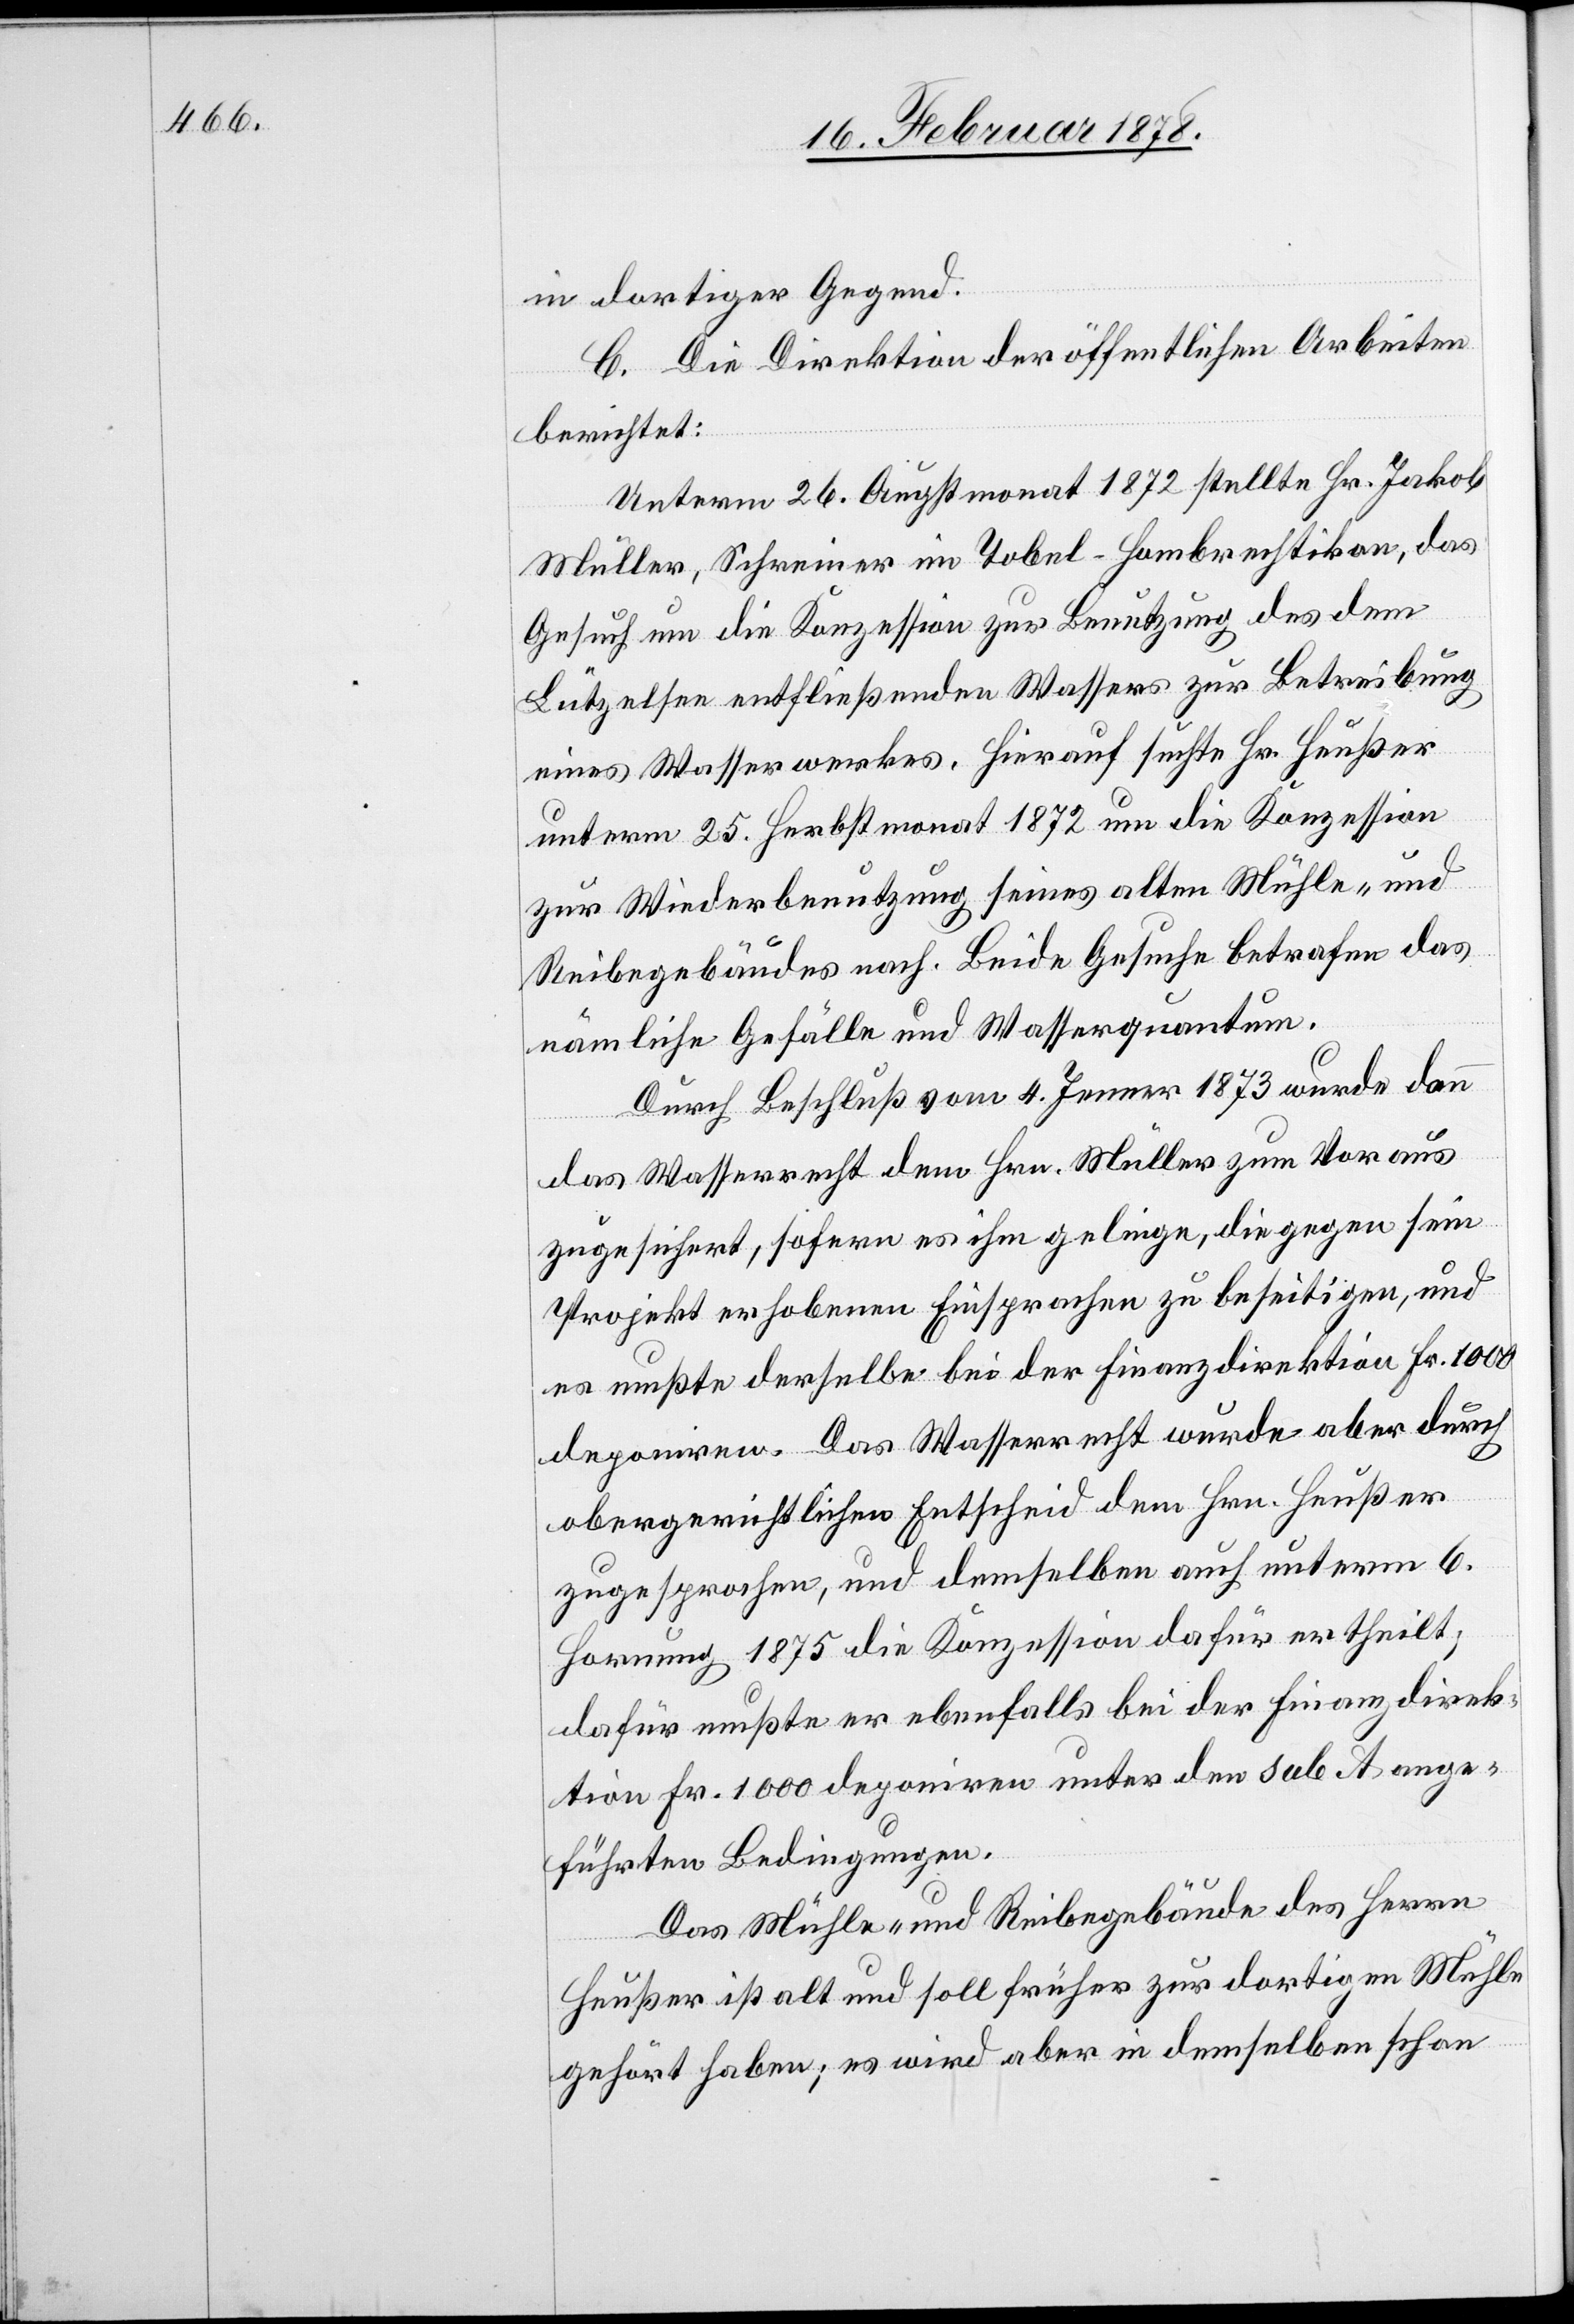
in dortiger Gegend.
C. Die Direktion der öffentlichen Arbeiten
berichtet:
Unterm 26. Augstmonat 1872 stellte Hr. Jakob
Müller, Schreiner im Tobel - Hombrechtikon, das
Gesuch um die Konzession zur Benutzung des dem
Lützelsen entfließenden Wassers zur Betreibung
eines Wasserwerkes. Hierauf suchte Hr. Heußer
unterm 25. Herbstmonat 1872 um die Konzession
zur Wiederbenutzung seines alten Mühle- und
Reibegebäudes nach. Beide Gesuche betrafen das
nämliche Gefälle und Wasserquantum.
Durch Beschluß vom 4. Jenner 1873 wurde dann
das Wasserrecht dem Hrn. Müller zum Voraus
zugesichert, sofern es ihm gelinge, die gegen sein
Projekt erhobenen Einsprachen zu beseitigen, und
es mußte derselbe bei der Finanzdirektion Fr. 1000
deponiren. Das Wasserrecht wurde aber durch
obergerichtlichen Entscheid dem Hrn. Heußer
zugesprochen, und demselben auch unterm 6.
Hornung 1875 die Konzession dafür ertheilt;
dafür mußte er ebenfalls bei der Finanzdirek¬
tion Fr. 1000 deponiren unter den sub. A ange¬
führten Bedingungen.
Das Mühle- und Reibegebäude des Herrn
Heußer ist alt und soll früher zur dortigen Mühle
gehört haben; es wird aber in demselben schon